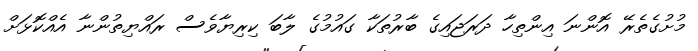
މުށުގެތެރޭ އޮންނަ އިންތިހާ ދަރަޖައިގެ ބާރުތަކާ ގައުމުގެ ލާބަ ކިރިޔާވެސް ރައްޔިތުންނާ އެއްކޮޅަށް